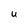
Character: U